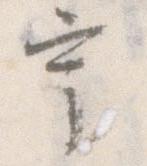
宇